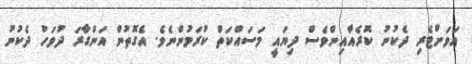
އަވަށްޓެރި ދެކުނު ކޮރެއާއިންވެސް ދިޔައީ މަސައްކަތް ކުރަމުންނެވެ. އެގޮތުން އަންގާރަ ދުވަހު ދެކުނު